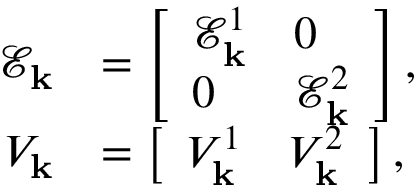
\begin{array} { r l } { \mathcal { E } _ { \mathbf { k } } } & { = \left[ \begin{array} { l l } { \mathcal { E } _ { \mathbf { k } } ^ { 1 } } & { 0 } \\ { 0 } & { \mathcal { E } _ { \mathbf { k } } ^ { 2 } } \end{array} \right] , } \\ { V _ { \mathbf { k } } } & { = \left[ \begin{array} { l l } { V _ { \mathbf { k } } ^ { 1 } } & { V _ { \mathbf { k } } ^ { 2 } } \end{array} \right] , } \end{array}